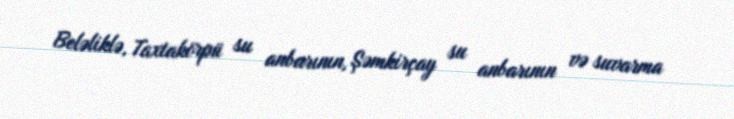
Beləliklə, Taxtakörpü su anbarının, Şəmkirçay su anbarının və suvarma